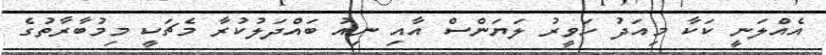
އެއްލަނީ ކަކާ މިއަދު ހަވީރު ލަޔަންސް އާއި ނިއު ބައްދަލުކުރާ މެޗަކީ މިމުބާރާތުގެ